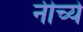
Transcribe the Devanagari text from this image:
नीच्ये